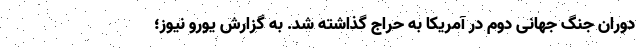
دوران جنگ جهانی دوم در آمریکا به حراج گذاشته شد. به گزارش یورو نیوز؛